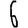
Digit: 6